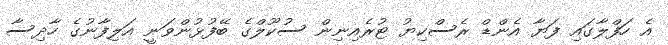
އެ ހަފްލާގައި ފަޔާ އެންޑް ރެސްކިޔު ޓުރެއިނިން ސުކޫލްގެ ބޭފުޅުންވަނީ އަލިފާނުގެ ހާދިސާ